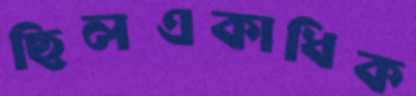
ছিলএকাধিক